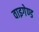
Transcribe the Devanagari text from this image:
वाइगेण्ड